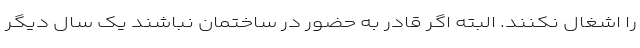
را اشغال نکنند. البته اگر قادر به حضور در ساختمان نباشند یک سال دیگر